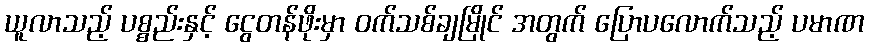
ယူလာသည့် ပစ္စည်းနှင့် ငွေတန်ဖိုးမှာ ဝက်သစ်ချမြိုင် အတွက် ပြောပလောက်သည့် ပမာဏ